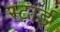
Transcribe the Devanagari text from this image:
स्टाई